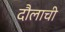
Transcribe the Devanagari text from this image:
दौलाची